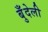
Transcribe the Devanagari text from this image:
बुँदेली